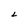
Character: L